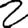
Digit: 2